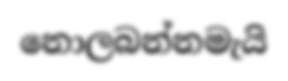
නොලබන්නමැයි